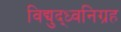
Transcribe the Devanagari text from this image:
विद्युद्ध्वनिग्रह